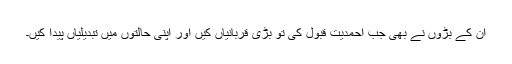
ان کے بڑوں نے بھی جب احمدیت قبول کی تو بڑی قربانیاں کیں اور اپنی حالتوں میں تبدیلیاں پیدا کیں۔